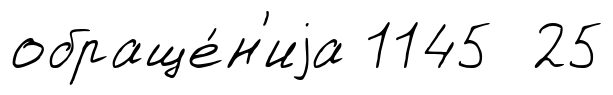
обраще́н'иjа 1145 25